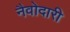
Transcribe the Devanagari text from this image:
नैवोदारी